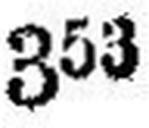
353